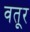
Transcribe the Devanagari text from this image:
वतूर